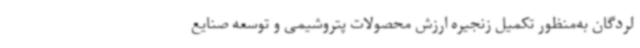
لردگان به‌منظور تکمیل زنجیره ارزش محصولات پتروشیمی و توسعه صنایع